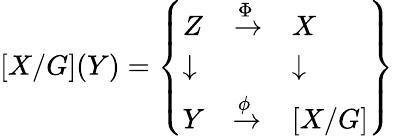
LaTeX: [X/G](Y)={\left\{ \begin{array}{lll}{Z}&{{\xrightarrow{\Phi}}}&{X}\\ {\downarrow}&{}&{\downarrow}\\ {Y}&{{\xrightarrow{\phi}}}&{[X/G]}\end{array}\right\} }